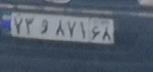
۷۳و۸۷۱۶۸